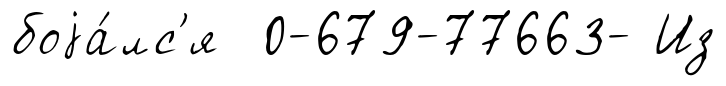
боjа́лс'я 0-679-77663- Из